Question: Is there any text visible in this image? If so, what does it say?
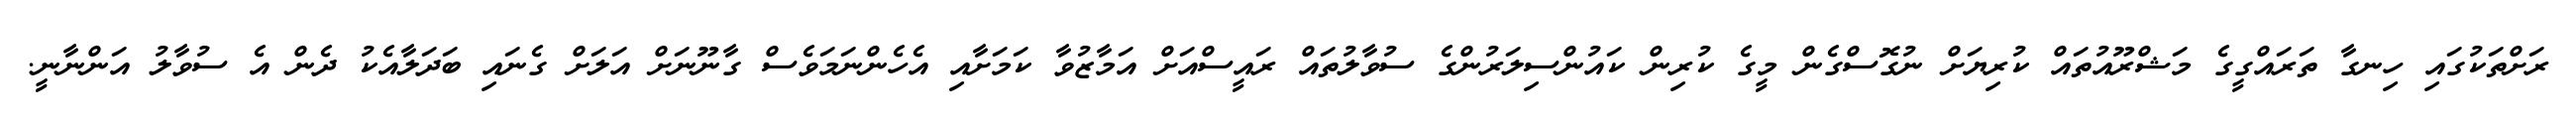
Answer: ރަށްތަކުގައި ހިނގާ ތަރައްގީގެ މަޝްރޫއުތައް ކުރިޔަށް ނުގޮސްގެން މީގެ ކުރިން ކައުންސިލަރުންގެ ސުވާލުތައް ރައީސްއަށް އަމާޒުވާ ކަމަށާއި އެހެންނަމަވެސް ގާނޫނަށް އަލަށް ގެނައި ބަދަލާއެކު ދެން އެ ސުވާލު އަންނާނީ.